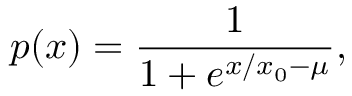
p ( x ) = \frac { 1 } { 1 + e ^ { x / x _ { 0 } - \mu } } ,